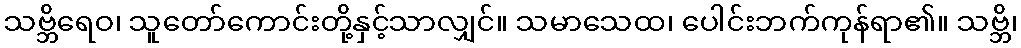
သဗ္ဘိရေဝ၊ သူတော်ကောင်းတို့နှင့်သာလျှင်။ သမာသေထ၊ ပေါင်းဘက်ကုန်ရာ၏။ သဗ္ဘိ၊